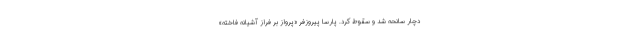
دچار سانحه شد و سقوط کرد. پارسا پیروزفر «پرواز بر فراز آشیانه فاخته»